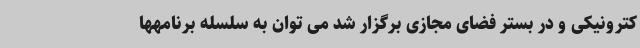
کترونیکی و در بستر فضای مجازی برگزار شد می ‌توان به سلسله برنامهها